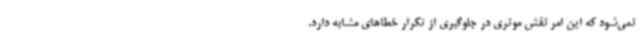
نمی‌شود که این امر نقش موثری در جلوگیری از تکرار خطاهای مشابه دارد.